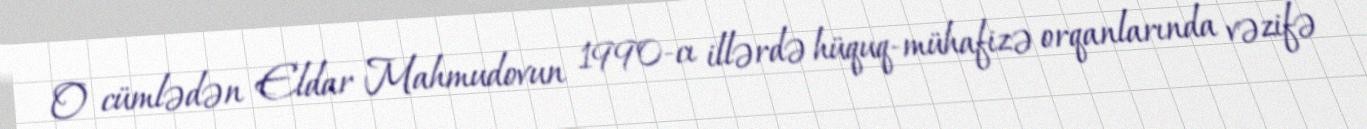
O cümlədən Eldar Mahmudovun 1990-cı illərdə hüquq-mühafizə orqanlarında vəzifə